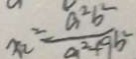
x _ { 2 } ^ { 2 } = \frac { a ^ { 2 } b ^ { 2 } } { a ^ { 2 } + 9 b ^ { 2 } }